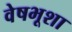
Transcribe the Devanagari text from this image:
वेषभूशा